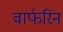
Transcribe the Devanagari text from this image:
वार्फरिन